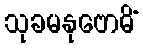
သုခမနုဗောဓိံ